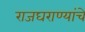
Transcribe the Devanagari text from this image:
राजघराण्यांचे